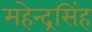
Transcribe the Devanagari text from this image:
महेन्द्रसिंह